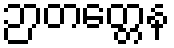
ဉာတတ္တေန